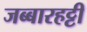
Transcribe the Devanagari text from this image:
जब्‍बारहट्टी